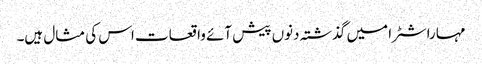
مہاراشٹرا میں گذشتہ دنوں پیش آئے واقعات اس کی مثال ہیں۔